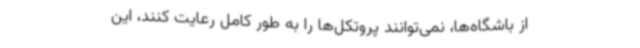
از باشگاه‌ها، نمی‌توانند پروتکل‌ها را به طور کامل رعایت کنند، این